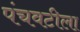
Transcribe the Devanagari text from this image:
पंचवटीला